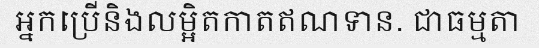
អ្នកប្រើនិងលម្អិតកាតឥណទាន. ជាធម្មតា